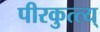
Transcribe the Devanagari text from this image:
पीरकुत्त्य्